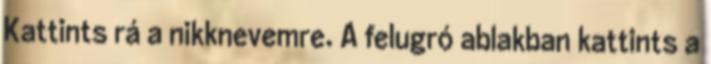
Kattints rá a nikknevemre. A felugró ablakban kattints a